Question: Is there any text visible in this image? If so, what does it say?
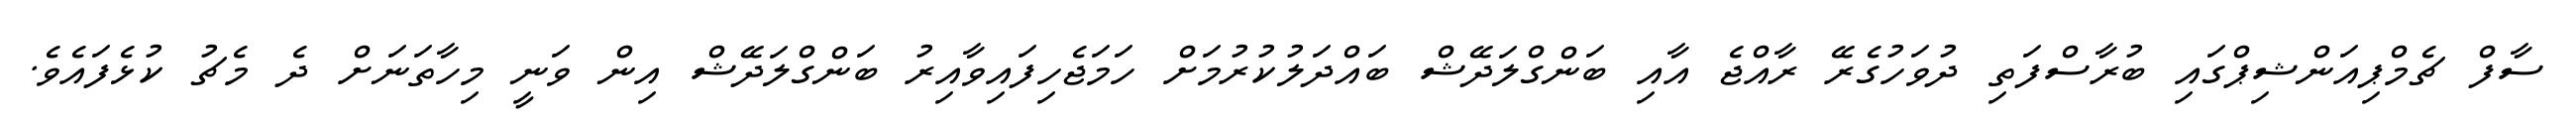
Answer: ސާފް ޗެމްޕިއަންޝިޕްގައި ބުރާސްފަތި ދުވަހުގެރޭ ރާއްޖެ އާއި ބަންގްލަދޭޝް ބައްދަލުކުރުމަށް ހަމަޖެހިފައިވާއިރު ބަންގްލަދޭޝް އިން ވަނީ މިހާތަނަށް ދެ މެޗު ކުޅެފައެވެ.